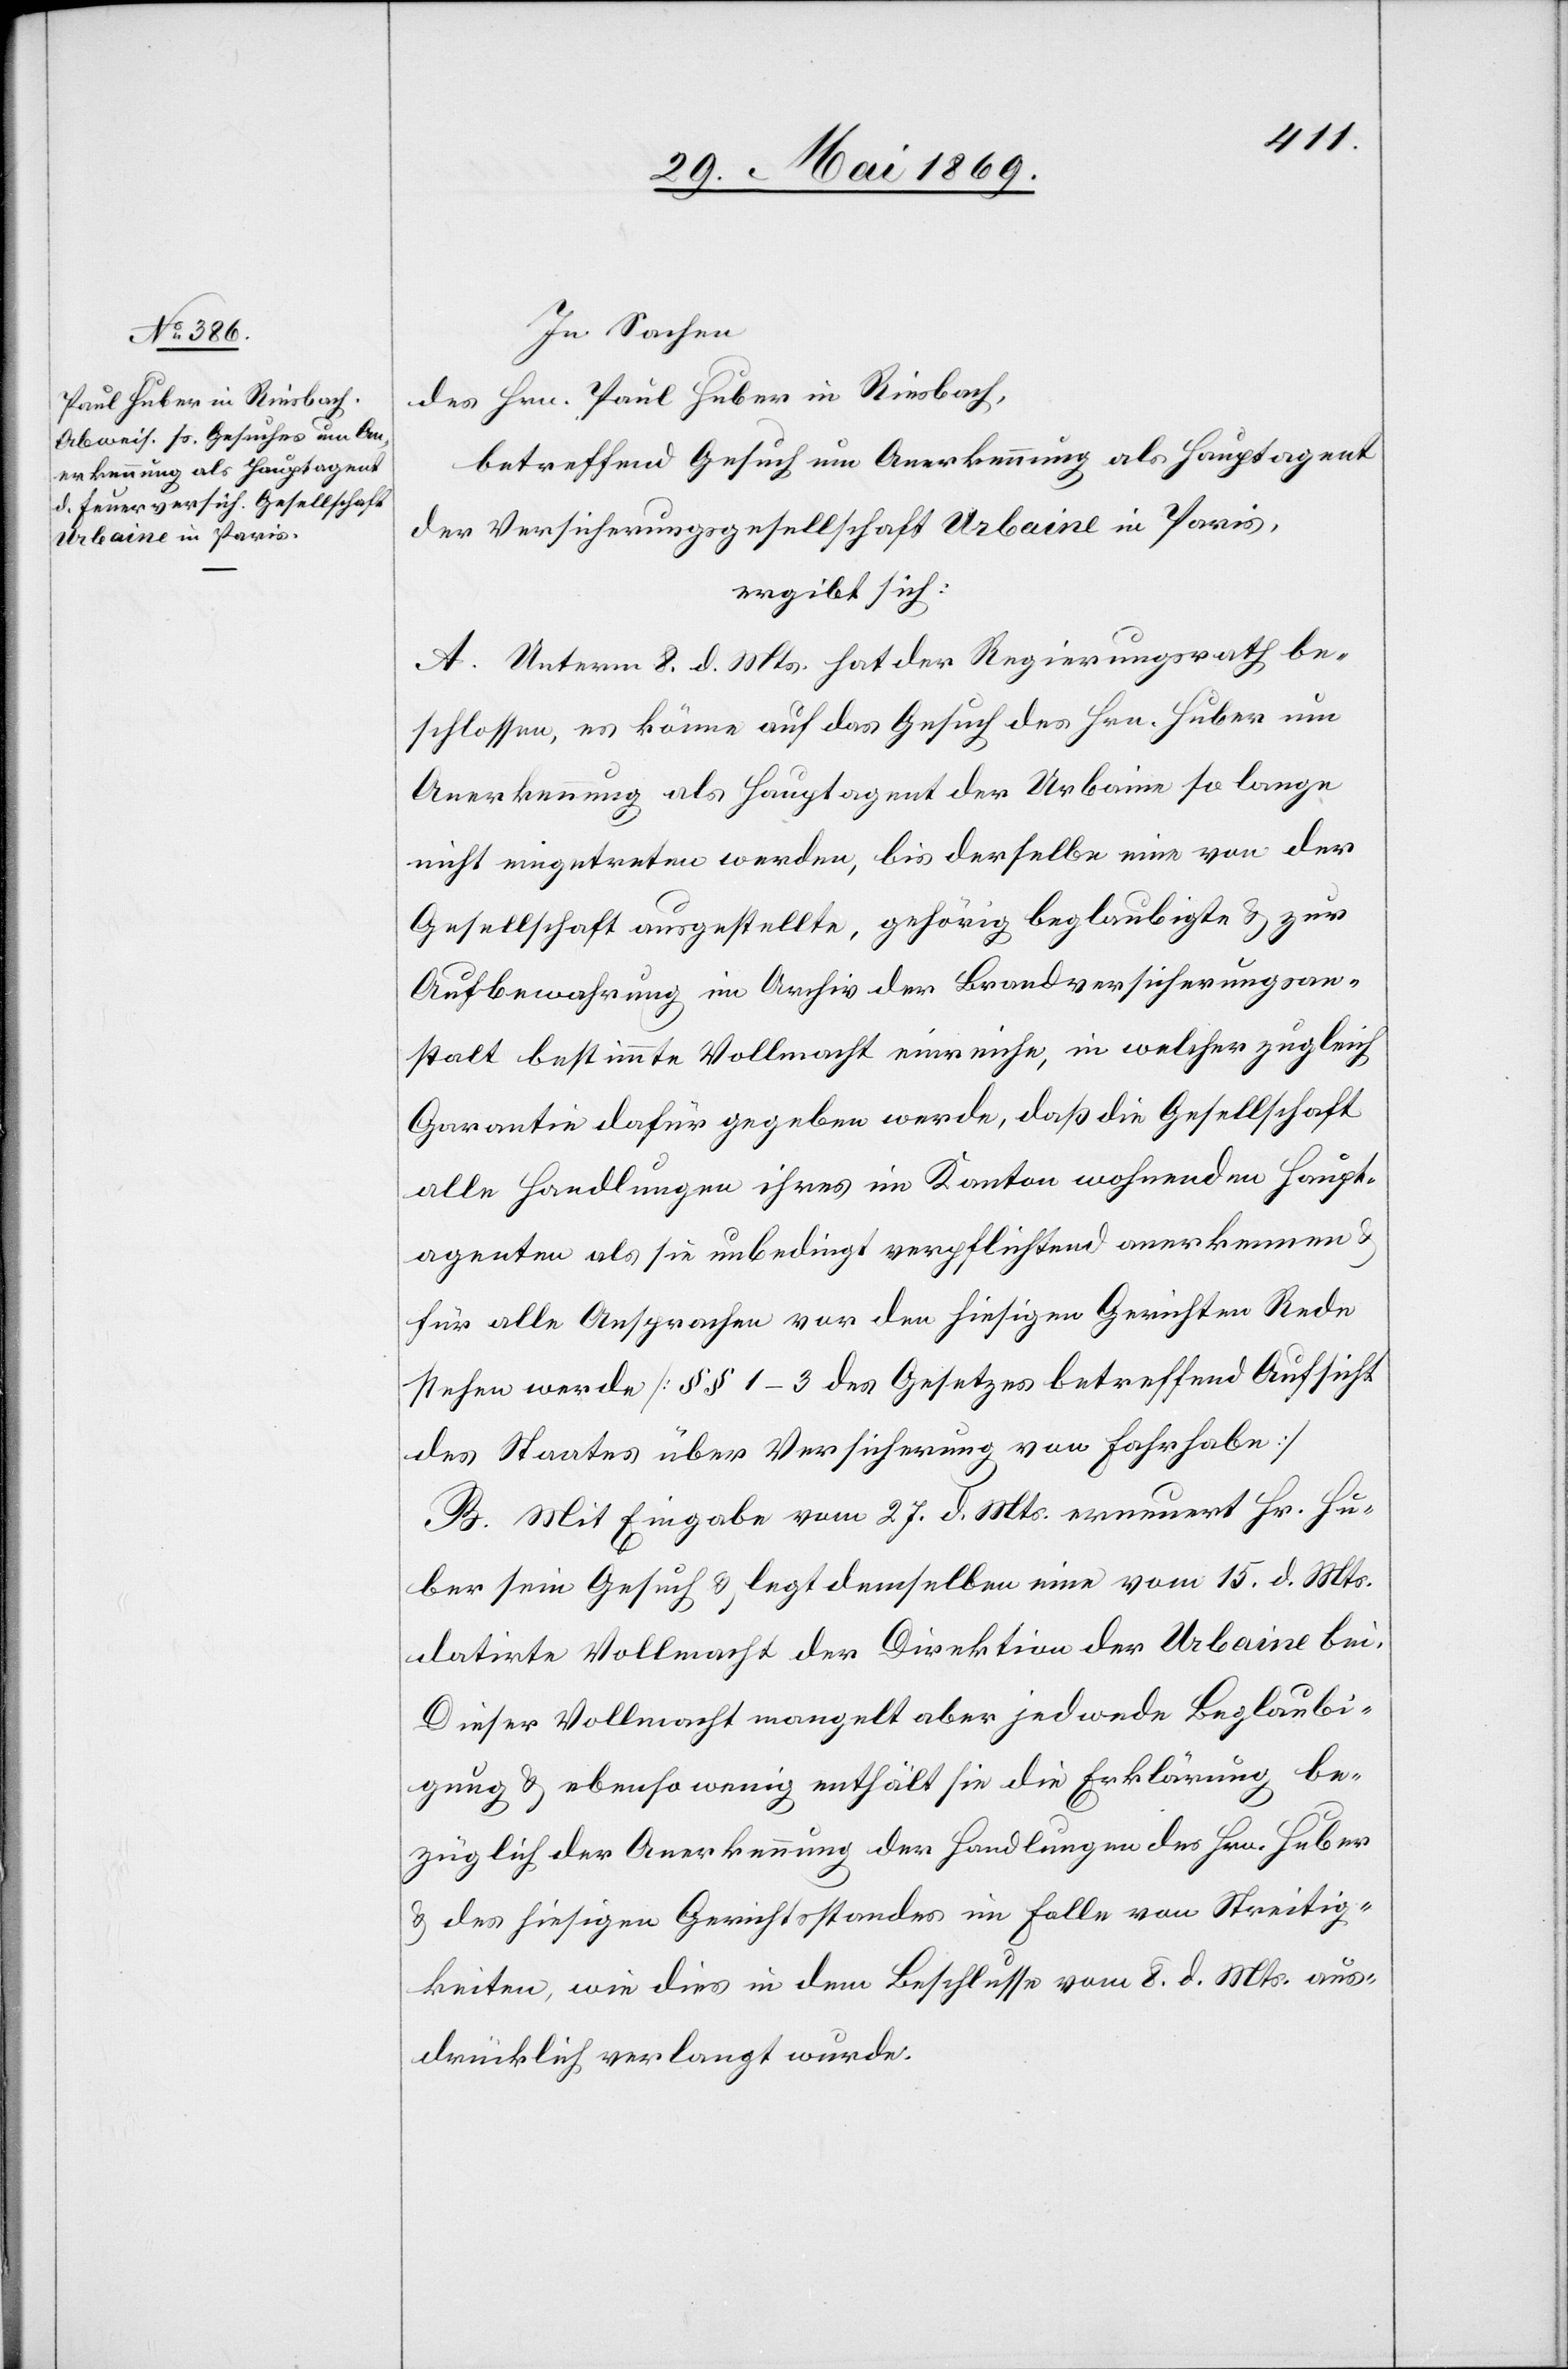
In Sachen
des Hrn. Paul Huber in Riesbach,
betreffend Gesuch um Anerkennung als Hauptagent
der Versicherungsgesellschaft Urbaine in Paris,
ergibt sich:
A. Unterm 8 d. Mts. hat der Regierungsrath be¬
schlossen, es könne auf das Gesuch des Hrn. Huber um
Anerkennung als Hauptagent der Urbaine so lange
nicht eingetreten werden, bis derselbe eine von der
Gesellschaft ausgestellte, gehörig beglaubigte u. zur
Aufbewahrung im Archiv der Brandversicherungsan¬
stalt bestimmte Vollmacht einreiche, in welcher zugleich
Garantie dafür gegeben werde, daß die Gesellschaft
alle Handlungen ihres im Kanton wohnenden Haupt¬
agenten als sie unbedingt verpflichtend anerkennen
für alle Ansprachen vor den hiesigen Gerichten Rede
stehen werde [§§ 1–3 des Gesetzes betreffend Aufsicht
des Staates über Versicherung von Fahrhabe]
B. Mit Eingabe vom 27 d. Mts. erneuert Hr. Hu¬
ber sein Gesuch u. legt demselben eine vom 15 d. Mts.
datirte Vollmacht der Direktion der Urbaine bei.
Dieser Vollmacht mangelt aber jedwede Beglaubi¬
gung u. ebenso wenig enthält sie die Erklärung be¬
züglich der Anerkennung der Handlungen des Hrn. Huber
u. des hiesigen Gerichtsstandes im Falle von Streitig¬
keiten, wie dies in dem Beschlusse vom 8 d. Mts. aus¬
drücklich verlangt wurde.